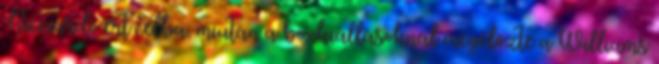
Ricciardo ért célba, miután a boxkiállásoknál megelőzte a Williams